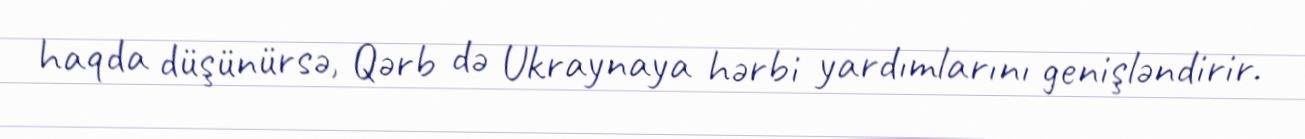
haqda düşünürsə, Qərb də Ukraynaya hərbi yardımlarını genişləndirir.